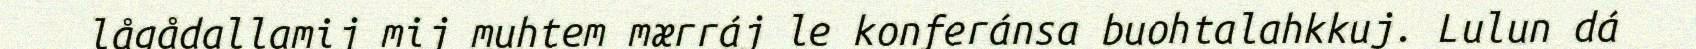
lågådallamij mij muhtem mærráj le konferánsa buohtalahkkuj. Lulun dá